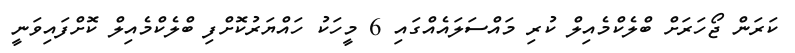
ކަރަން ޖޯހަރަށް ބްލެކްމެއިލް ކުރި މައްސަލައެއްގައި 6 މީހަކު ހައްޔަރުކޮށްފި ބްލެކްމެއިލް ކޮށްފައިވަނީ